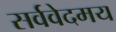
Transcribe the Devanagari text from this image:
सर्ववेदमय